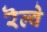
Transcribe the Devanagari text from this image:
रॆल्वे